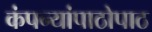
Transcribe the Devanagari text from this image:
कंपन्यांपाठोपाठ